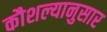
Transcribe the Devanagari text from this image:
कौशल्यानुसार